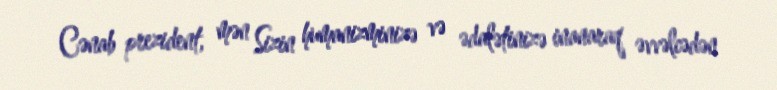
Cənab prezident, mən Sizin humanizminizə və ədalətinizə inanaraq əvvəlcədən